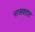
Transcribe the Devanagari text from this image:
नासवतात